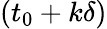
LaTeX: (t_{0}+k\delta)